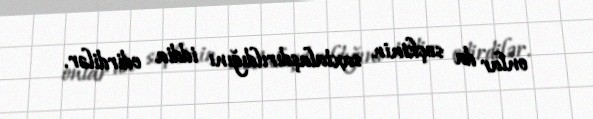
onlar da seçkinin saxtalaşdırıldığını iddia edirdilər.